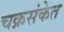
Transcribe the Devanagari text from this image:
चक्रसंकेत